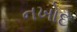
નખોદ